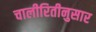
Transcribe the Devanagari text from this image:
चालीरितीनुसार